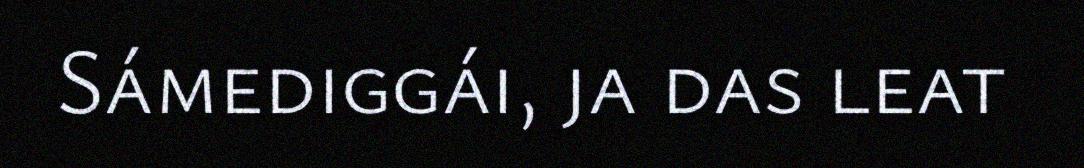
Sámediggái, ja das leat